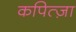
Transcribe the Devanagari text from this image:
कपित्ज़ा